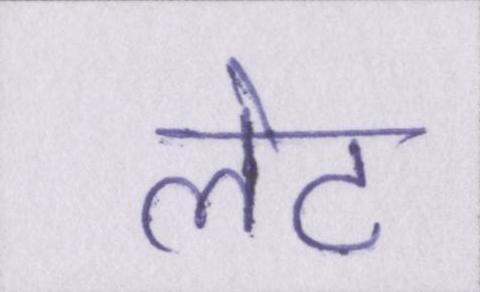
लेट